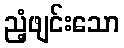
ညံ့ဖျင်းသော